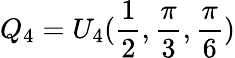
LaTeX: Q_{4}=U_{4}(\frac{1}{2},\frac{\pi}{3},\frac{\pi}{6})